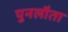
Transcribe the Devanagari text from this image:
पुनलौता